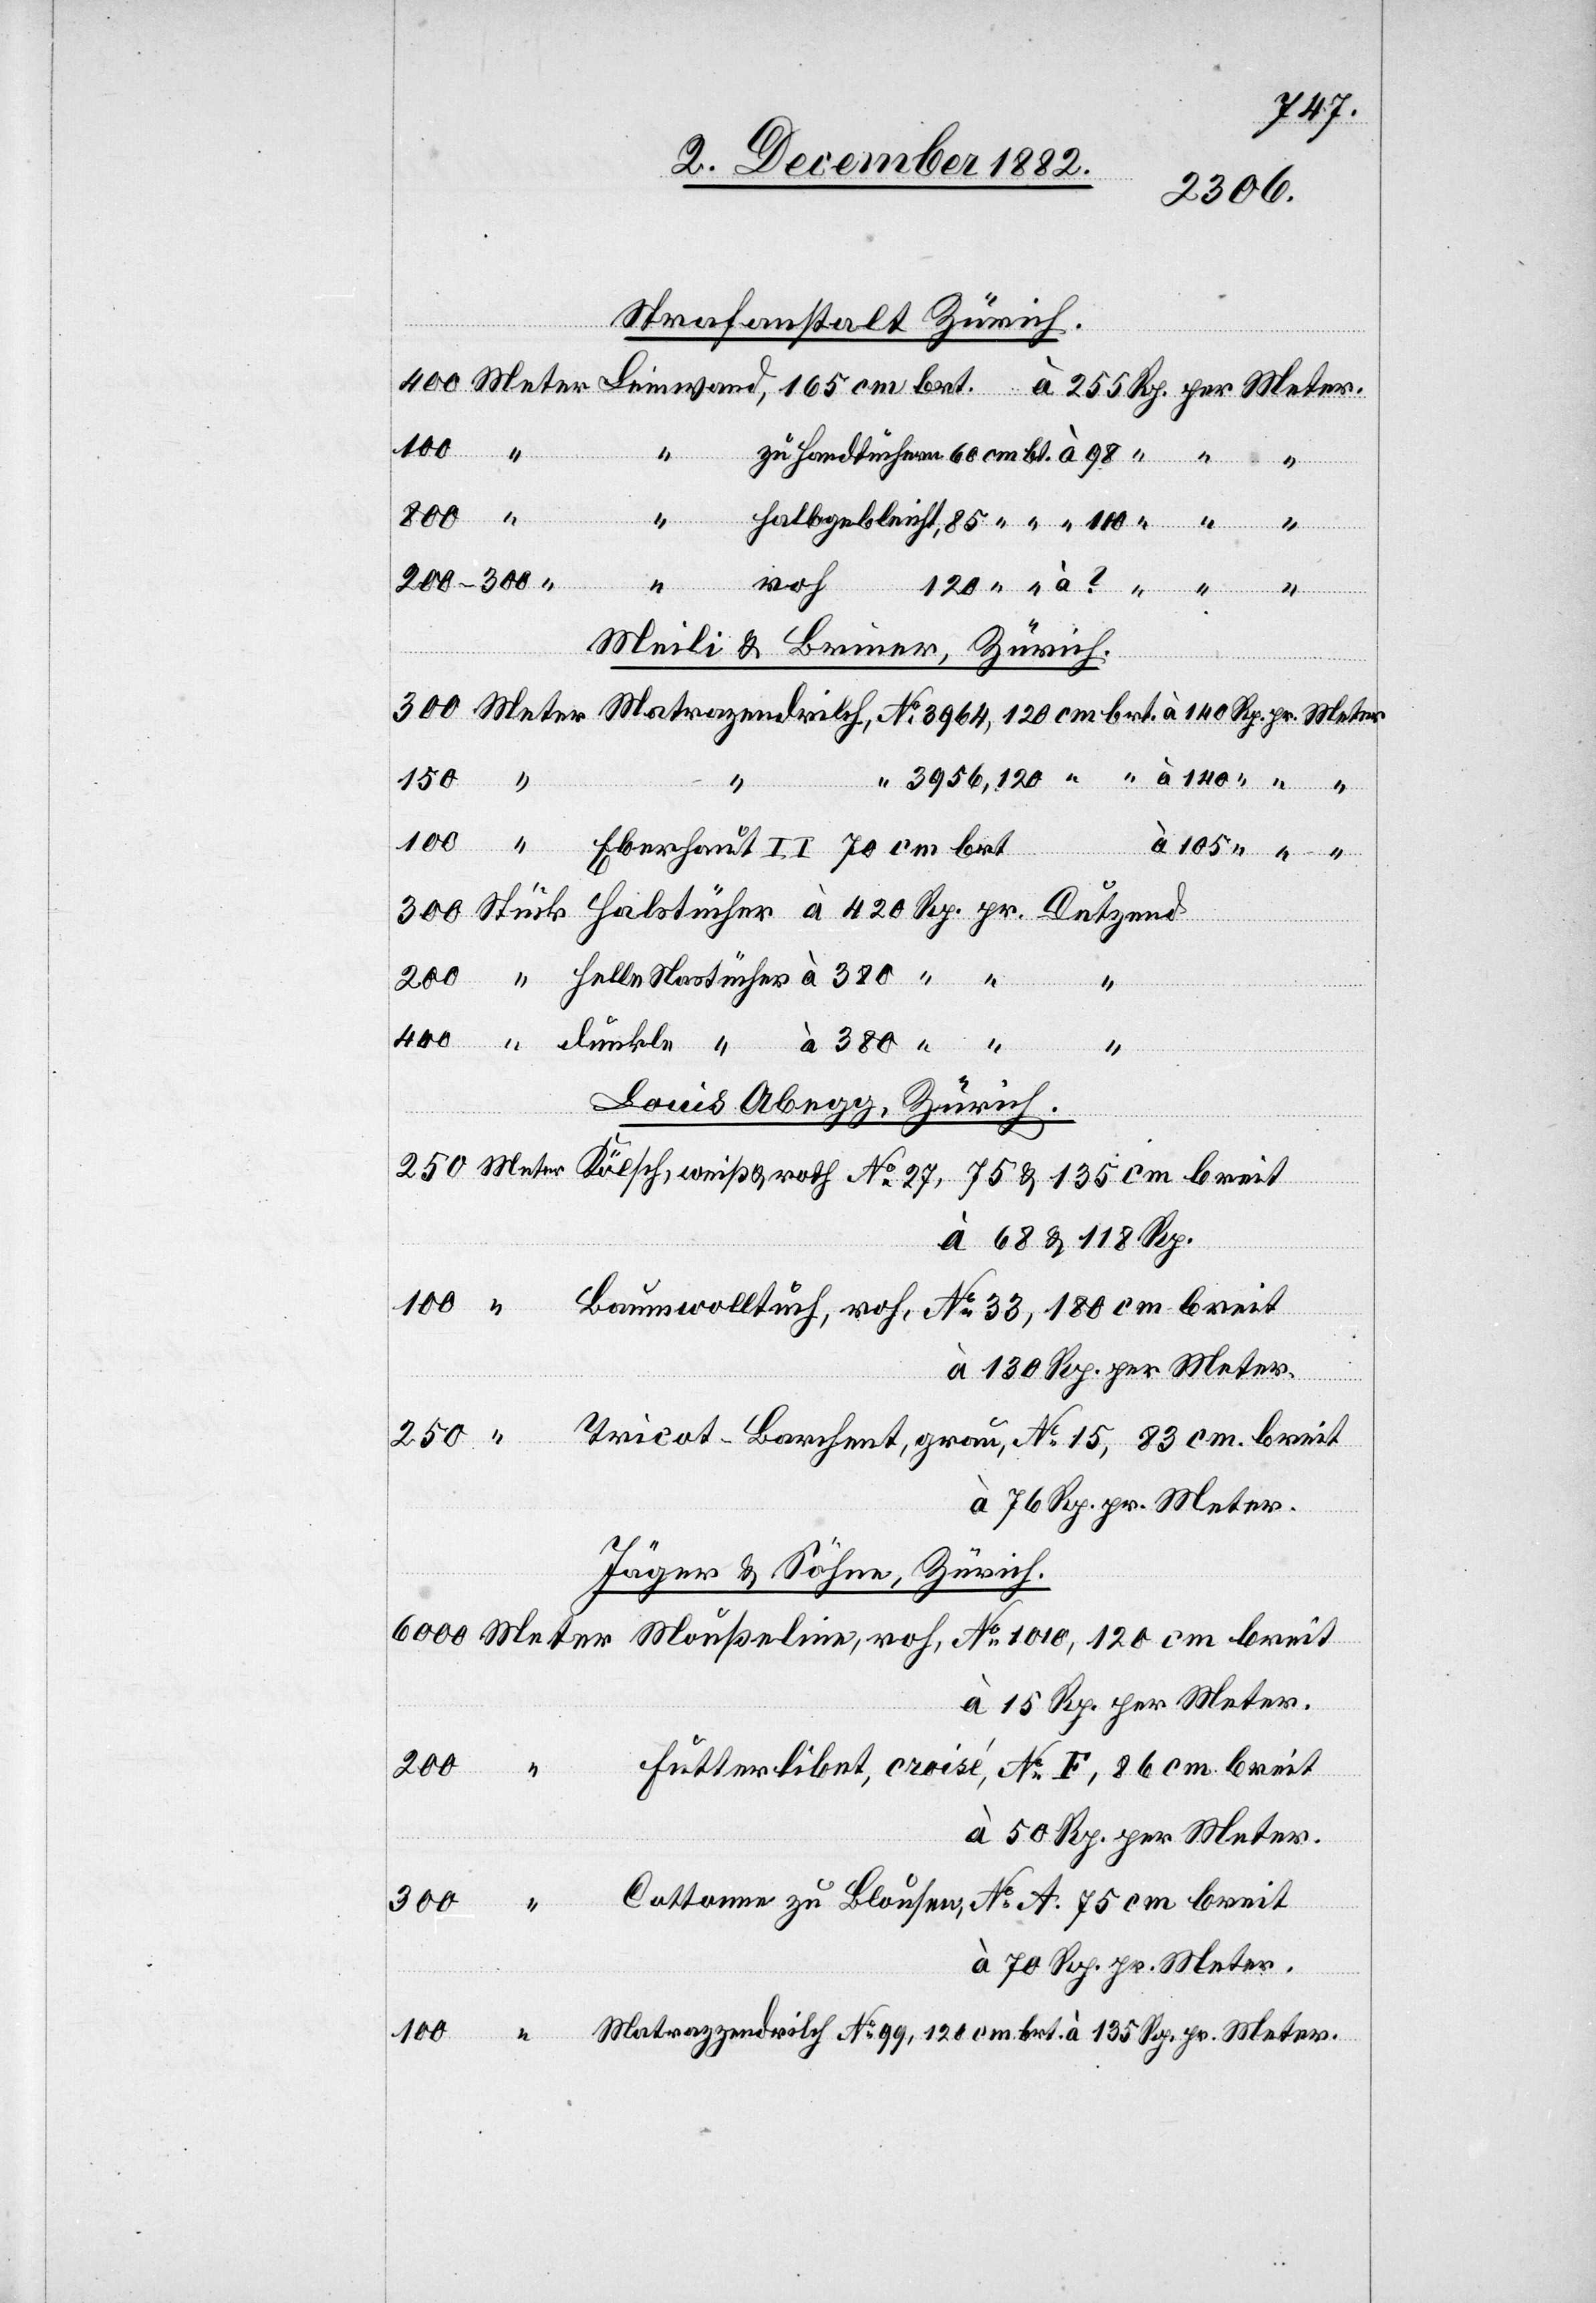
Strafanstalt Zürich.
400
drilch [sic!]
Meter.
Meili & Briner, Zürich.
No
Eberhaut II 70 cm brt.
135
100
Louis Abegg, Zürich.
Baumwolltuch, roh, No 33, 180 cm breit
Jäger & Söhne, Zürich.
Futterlibet, croisé, No F, 86 cm breit